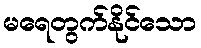
မရေတွက်နိုင်သော